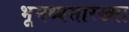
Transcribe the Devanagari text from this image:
भूमध्यसारख्या